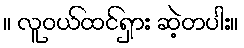
။ လူဝယ်ထင်ရှား ဆဲ့တပါး။